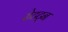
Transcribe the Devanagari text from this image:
रोटट्न